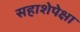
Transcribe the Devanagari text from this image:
सहाशेपेक्षा